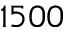
1 5 0 0